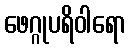
ဖေဂ္ဂုပရိဝါရော